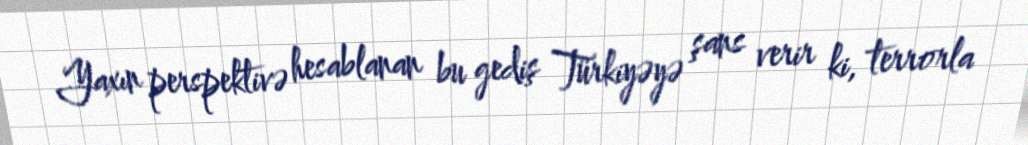
Yaxın perspektivə hesablanan bu gediş Türkiyəyə şans verir ki, terrorla